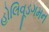
હોલિવૂડગમન